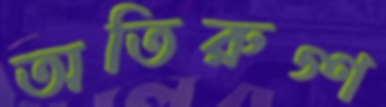
অতিরুগ্ণ